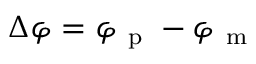
\Delta \varphi = \varphi _ { \mathrm { ~ p ~ } } - \varphi _ { \mathrm { ~ m ~ } }